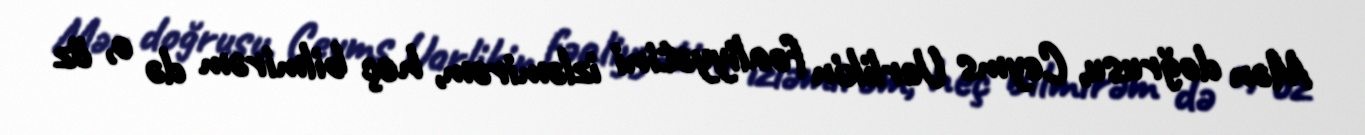
Mən doğrusu, Ceyms Uorlikin fəaliyyətini izləmirəm, heç bilmirəm də o, öz